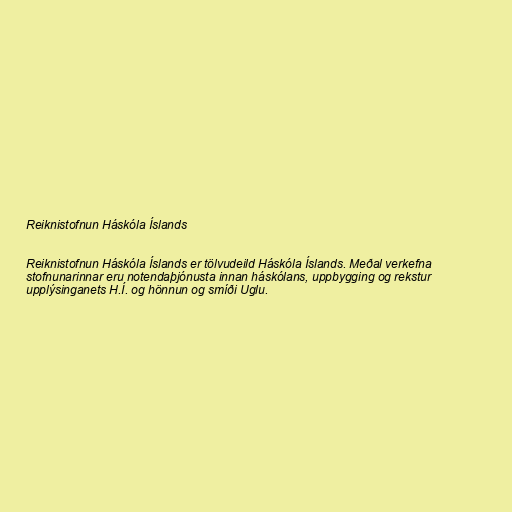
Reiknistofnun Háskóla Íslands

Reiknistofnun Háskóla Íslands er tölvudeild Háskóla Íslands. Meðal verkefna
stofnunarinnar eru notendaþjónusta innan háskólans, uppbygging og rekstur
upplýsinganets H.Í. og hönnun og smíði Uglu.